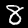
Label: 8